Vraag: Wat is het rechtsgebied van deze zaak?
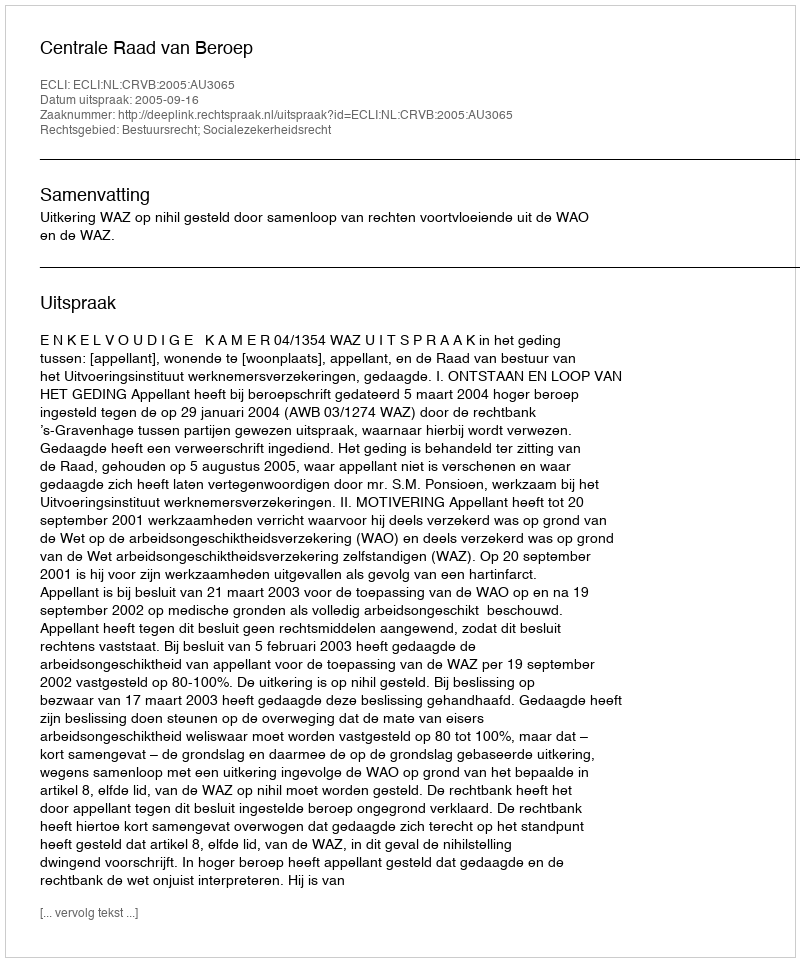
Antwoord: Bestuursrecht; Socialezekerheidsrecht